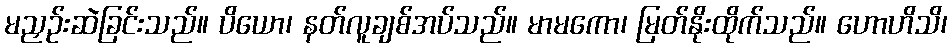
မညှဉ်းဆဲခြင်းသည်။ ပိယော၊ နတ်လူချစ်အပ်သည်။ မာမကော၊ မြတ်နိုးထိုက်သည်။ ဟောဟိသိ၊